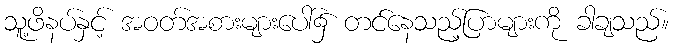
သူ့ဖိနပ်နှင့် အဝတ်အစားများပေါ်၌ တင်နေသည့်ပြာများကို ခါချသည်။